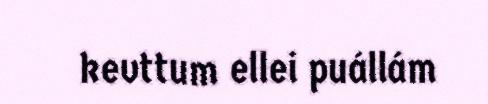
kevttum ellei puállám